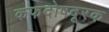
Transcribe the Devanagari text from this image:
कफदोषदूरक